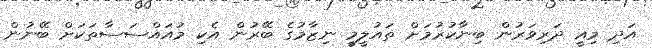
އަދި މިއީ ދަރިވަރުން ބިނާކުރުމަށް ތައުލީމީ ނިޒާމުގެ ބޭރުން އެކި މުއައްސަސާތަކަށް ބޭނުން